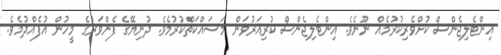
އިންޓެލިޖެންސް ކުށްވެރިކުރުމެއް ނޫނެވެ. އިންޓެލިޖެންސް ކުރިއަރުވަން މަސައްކަތްކުރުމެވެ. ދުނިޔޭގެ ފެންވަރުގެ މީހުން އުފެއްދުމެވެ.